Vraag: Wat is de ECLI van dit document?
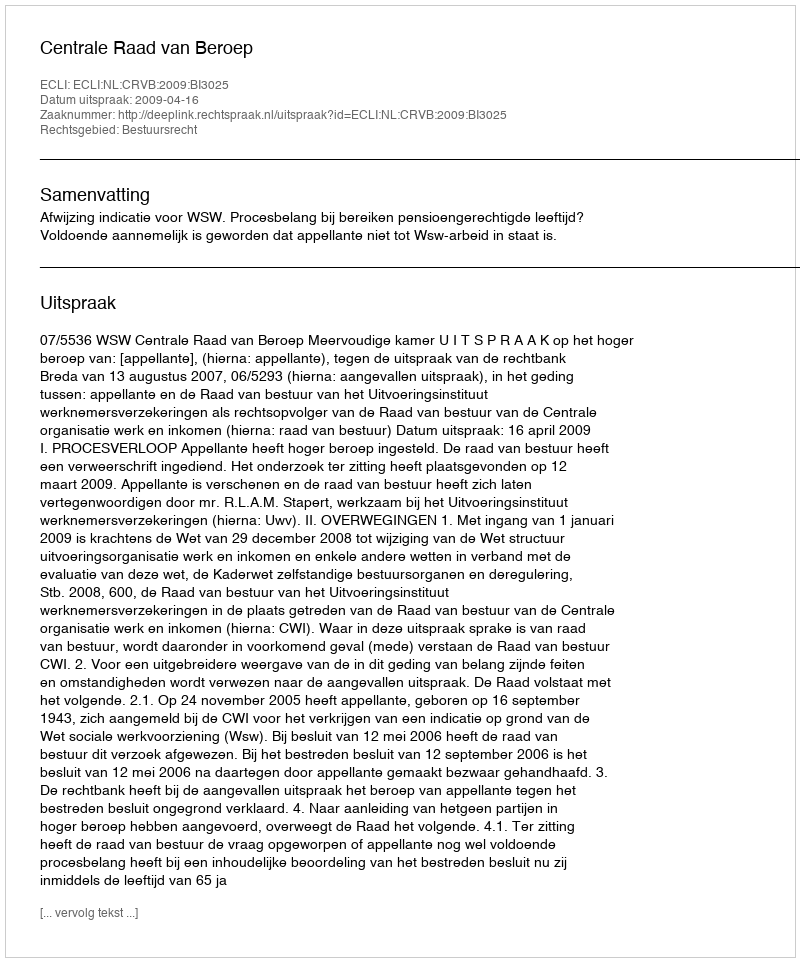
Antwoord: ECLI:NL:CRVB:2009:BI3025